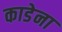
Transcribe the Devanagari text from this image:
काडेना